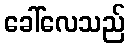
ခေါ်လေသည်